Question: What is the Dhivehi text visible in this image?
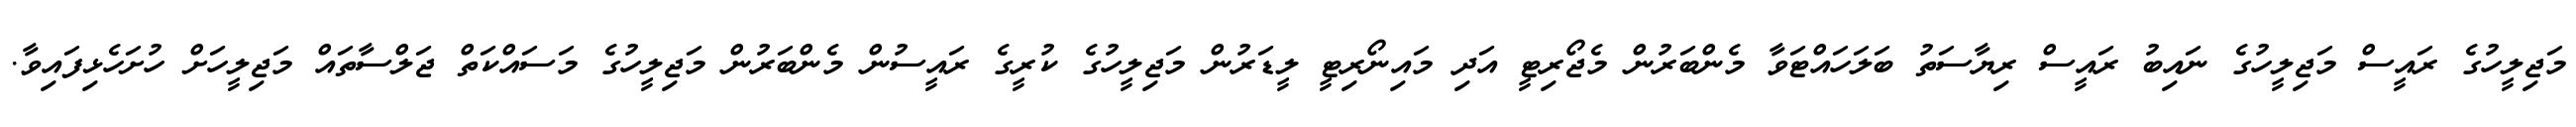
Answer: މަޖިލީހުގެ ރައީސް މަޖިލީހުގެ ނައިބު ރައީސް ރިޔާސަތު ބަލަހައްޓަވާ މެންބަރުން މެޖޯރިޓީ އަދި މައިނޯރިޓީ ލީޑަރުން މަޖިލީހުގެ ކުރީގެ ރައީސުން މެންބަރުން މަޖިލީހުގެ މަސައްކަތް ޖަލްސާތައް މަޖިލީހަށް ހުށަހެޅިފައިވާ.